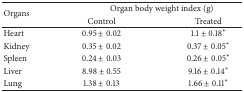
<table><thead><tr><td rowspan="2"><b>Organs</b></td><td colspan="2"><b>Organ body weight index (g)</b></td></tr><tr><td><b>Control</b></td><td><b>Treated</b></td></tr></thead><tbody><tr><td>Heart</td><td>0.95 ± 0.02</td><td>1.1 ± 0.18*</td></tr><tr><td>Kidney</td><td>0.35 ± 0.02</td><td>0.37 ± 0.05*</td></tr><tr><td>Spleen</td><td>0.24 ± 0.03</td><td>0.26 ± 0.05*</td></tr><tr><td>Liver</td><td>8.98 ± 0.55</td><td>9.16 ± 0.14*</td></tr><tr><td>Lung</td><td>1.38 ± 0.13</td><td>1.66 ± 0.11*</td></tr></tbody></table>